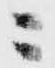
ニ